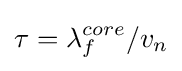
\tau =\lambda _{f}^{core}/v_{n}